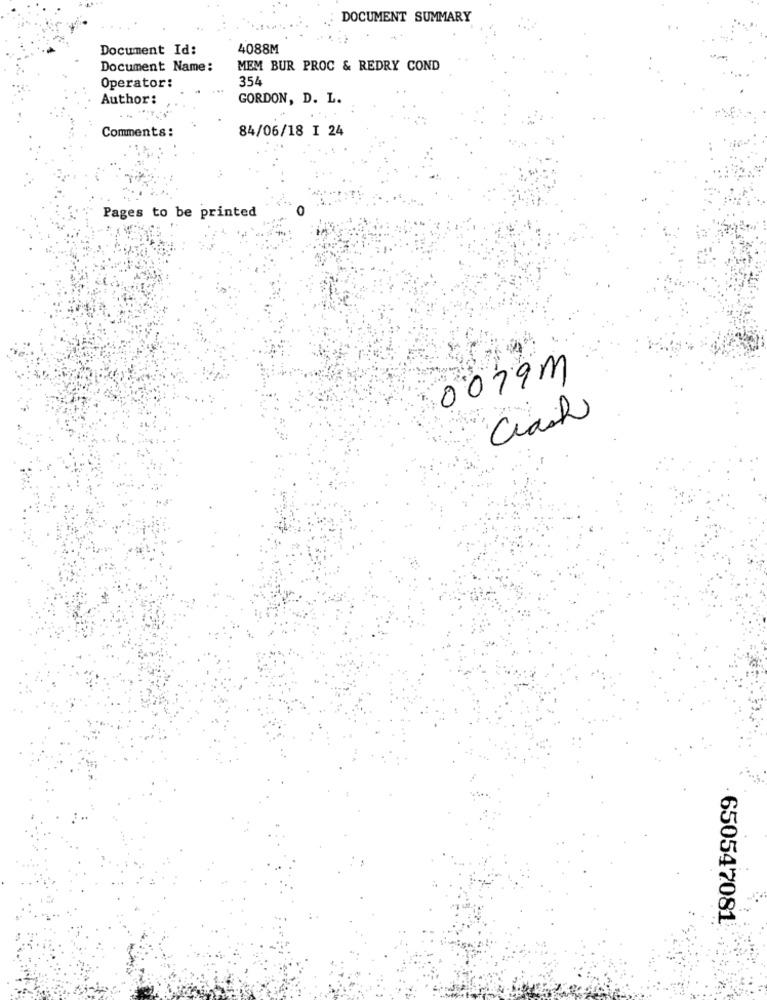
DOCUMENT SUMMARY
Document Id:
4088M
Document Name:
MEM BUR PROC & REDRY COND
354
Operator:
Author:
GORDON, D. L.
Comments:
84/06/18 I 24
Pages to be printed
0079M
Clash
650547081